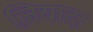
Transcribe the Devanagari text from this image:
ज़ियादा